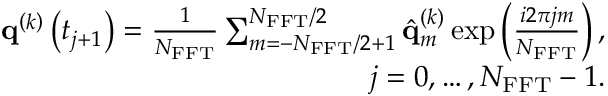
\begin{array} { r } { { \mathbf { q } } ^ { \left( k \right) } \left( t _ { j + 1 } \right) = \frac { 1 } { N _ { \mathrm { F F T } } } \sum _ { m = - N _ { \mathrm { F F T } } / 2 + 1 } ^ { N _ { \mathrm { F F T } } / 2 } \hat { { \mathbf { q } } } _ { m } ^ { \left( k \right) } \exp \left( { \frac { i 2 \pi j m } { N _ { \mathrm { F F T } } } } \right) , } \\ { j = 0 , \dots , N _ { \mathrm { F F T } } - 1 . } \end{array}